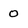
Character: 0